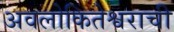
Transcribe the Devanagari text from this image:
अवलोकितेश्वराची